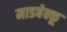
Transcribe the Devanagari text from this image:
माडबेक्कू